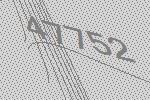
47752